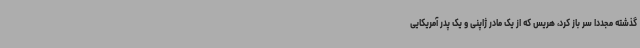
گذشته مجددا سر باز کرد، هریس که از یک مادر ژاپنی و یک پدر آمریکایی